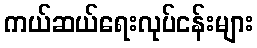
ကယ်ဆယ်ရေးလုပ်ငန်းများ